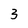
Character: 3